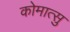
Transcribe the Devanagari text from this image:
कोमात्सु